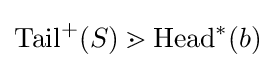
\mathrm {Tail} ^{+}(S)\gtrdot \mathrm {Head} ^{*}(b)